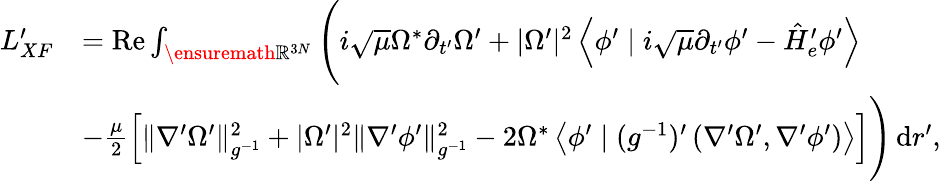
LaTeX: \begin{array}{rl}{L_{XF}^{\prime}}&{=\operatorname{Re}\int_{\ensuremath{\mathbb{R}}^{3N}}\Bigg(i\sqrt{\mu}\Omega^{*}\partial_{t^{\prime}}\Omega^{\prime}+|\Omega^{\prime}|^{2}\left\langle\phi^{\prime}\mid i\sqrt{\mu}\partial_{t^{\prime}}\phi^{\prime}-\hat{H}_{e}^{\prime}\phi^{\prime}\right\rangle}\\ &{-\frac{\mu}{2}\Big[\| \nabla^{\prime}\Omega^{\prime}\| _{g^{-1}}^{2}+|\Omega^{\prime}|^{2}\| \nabla^{\prime}\phi^{\prime}\| _{g^{-1}}^{2}-2\Omega^{*}\left\langle\phi^{\prime}\mid(g^{-1})^{\prime}\left(\nabla^{\prime}\Omega^{\prime},\nabla^{\prime}\phi^{\prime}\right)\right\rangle\Big]\Bigg)\, \mathrm{d}r^{\prime},}\end{array}